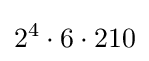
2^{4}\cdot 6\cdot 210